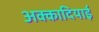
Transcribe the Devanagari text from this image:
अक्कादियाई